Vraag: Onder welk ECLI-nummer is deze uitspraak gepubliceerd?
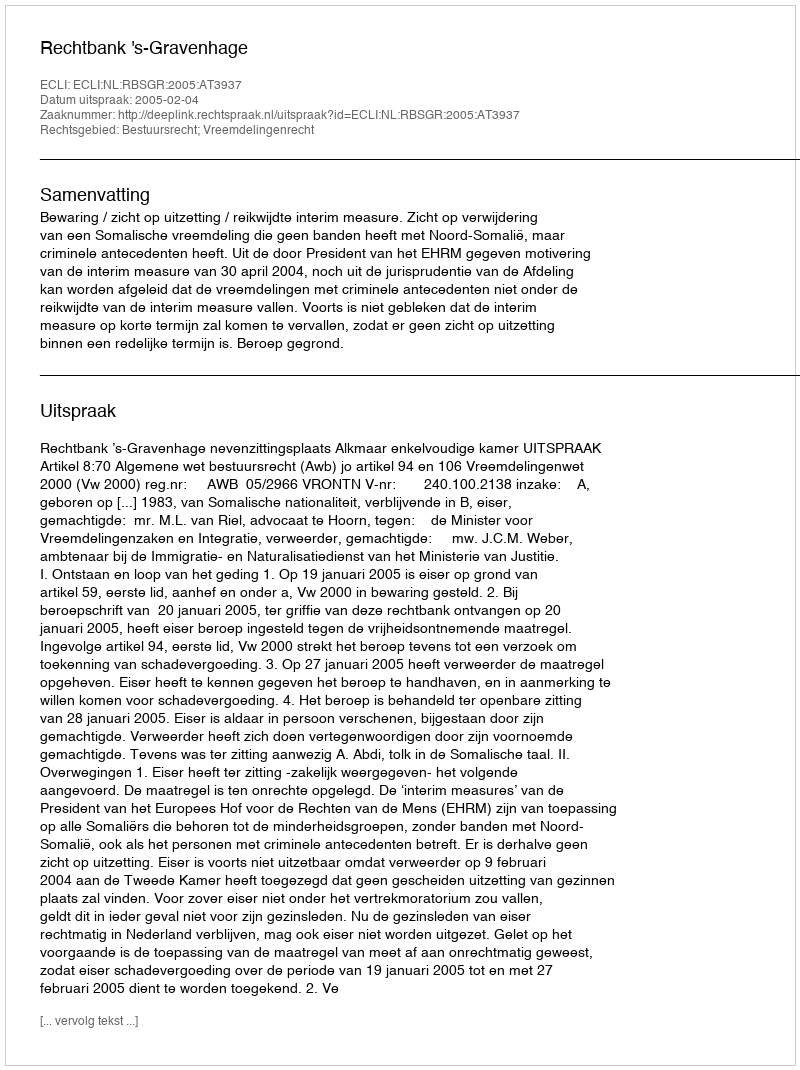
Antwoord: ECLI:NL:RBSGR:2005:AT3937